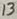
Text: 13